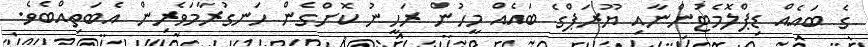
ގެ ބައެއް ޑިޕްލޮމެޓުންނާއި ޔޫރަޕްގެ ބައެއް މީހުން ރަހީނު ކޮށްގެން ހަނގުރާމަވެރިން އެބަތިއްބެވެ.